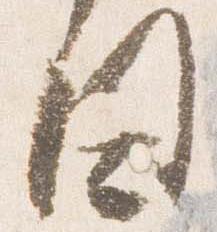
日